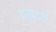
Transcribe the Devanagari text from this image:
श्रमदक्ष